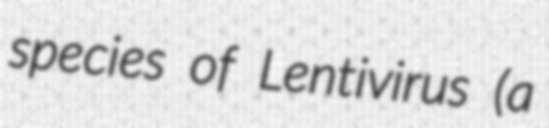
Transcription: species of Lentivirus (a